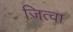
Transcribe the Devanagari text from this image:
जित्वा